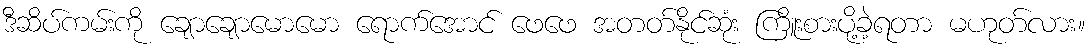
ဒီဆိပ်ကမ်းကို ချောချောမောမော ရောက်အောင် ဖေဖေ အတတ်နိုင်ဆုံး ကြိူးစားပို့ခဲ့ရတာ မဟုတ်လား။